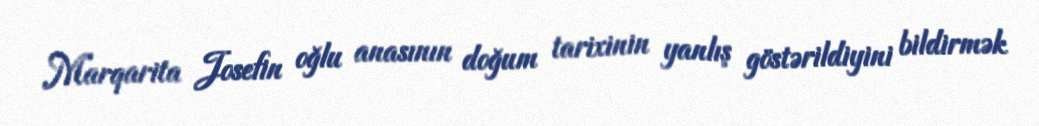
Marqarita Josefin oğlu anasının doğum tarixinin yanlış göstərildiyini bildirmək